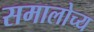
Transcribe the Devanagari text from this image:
समालोच्य